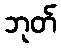
ဘုတ်